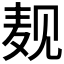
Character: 𪎉